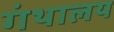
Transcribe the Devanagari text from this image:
गंथालय